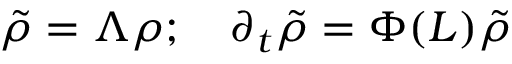
\tilde { \rho } = \Lambda \rho ; \quad \partial _ { t } \tilde { \rho } = \Phi ( L ) \tilde { \rho }